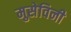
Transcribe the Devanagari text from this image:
मुसेविनी